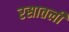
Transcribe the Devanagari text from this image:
रसातली